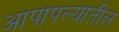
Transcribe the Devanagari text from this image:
आपापल्यातील